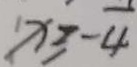
x \geq - 4